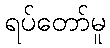
ရပ်တော်မူ